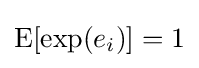
\operatorname {E} [\exp(e_{i})]=1